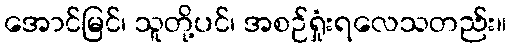
အောင်မြင်၊ သူတို့ပင်၊ အစဉ်ရှုံးရလေသတည်း။